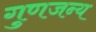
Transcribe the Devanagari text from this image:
गुणजन्य